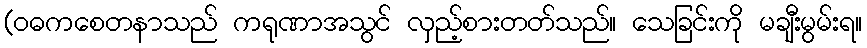
(ဝဓကစေတနာသည် ကရုဏာအသွင် လှည့်စားတတ်သည်။ သေခြင်းကို မချီးမွမ်းရ။